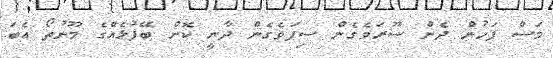
މަސް ފަހުން ދެން ސޫރަވެގެން ސިފަވެގެން ދާނީ ކޮން ބޭފުޅެއްގެ މޫނުތޯ އެބަ